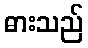
ဓားသည်